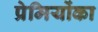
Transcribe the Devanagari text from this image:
प्रेमियोंका